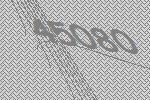
45080